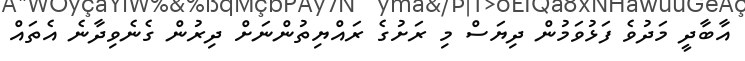
އާބާދީ މަދުވެ ފަޅުވަމުން ދިޔަސް މި ރަށުގެ ރައްޔިތުންނަށް ދިރުން ގެނެވިދާނެ އެތައް